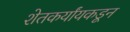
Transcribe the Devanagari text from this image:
शेतकर्यांयकडून